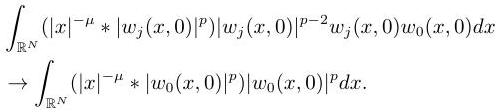
\begin{align*}
\int_{\mathbb{R}^N}(|x|^{-\mu}*|w_j(x,0)|^p)|w_j(x,0)|^{p - 2}w_j(x,0)w_0(x,0)dx\\
\rightarrow\int_{\mathbb{R}^N}(|x|^{-\mu}*|w_0(x,0)|^p)|w_0(x,0)|^pdx.
\end{align*}